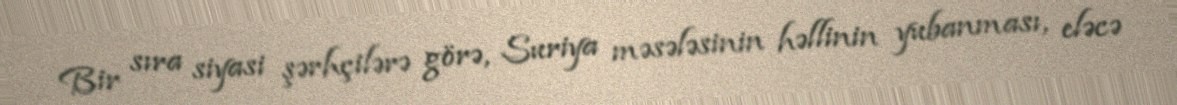
Bir sıra siyasi şərhçilərə görə, Suriya məsələsinin həllinin yubanması, eləcə